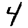
Digit: 4